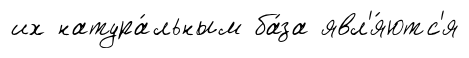
их натура́льным ба́за явл'я́ютс'я